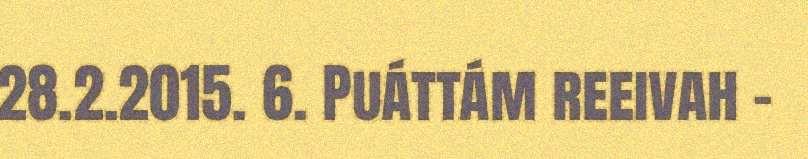
28.2.2015. 6. Puáttám reeivah -